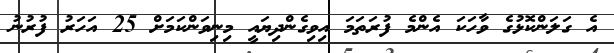
އެ ގަލަންކޮޅުގެ ވާހަކަ އެންމެ ފުރަތަމަ އިވިގެންދިޔައީ މިނިވަންކަމަށް 25 އަހަރު ފުރުނު